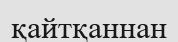
қайтқаннан